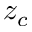
z _ { c }